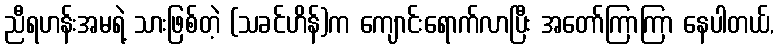
ညီရဟန်းအမရဲ့ သားဖြစ်တဲ့ (သခင်ဟိန်)က ကျောင်းရောက်လာပြီး အတော်ကြာကြာ နေပါတယ်,